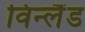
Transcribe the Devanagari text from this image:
विन्लैंड